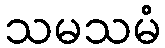
သမသမံ